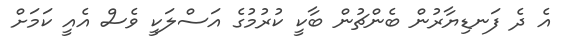
އެ ދެ ފަނޑިޔާރުން ބެންޗުން ބާކީ ކުރުމުގެ އަސްލަކީ ވެސް އެއީ ކަމަށް